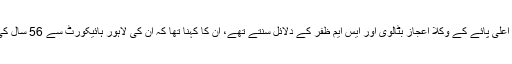
انہوں نے بتایا کہ قانونی پیشہ اختیار کرنے سے قبل وہ عدالتوں میں اپنے وقت کے اعلیٰ پائے کے وکلا اعجاز بٹالوی اور ایس ایم ظفر کے دلائل سنتے تھے، ان کا کہنا تھا کہ ان کی لاہور ہائیکورٹ سے 56 سال کی وابستگی ہے اور وہ اسکول کے دور میں اپنے والد کے ساتھ وہاں آیا کرتے تھے۔